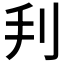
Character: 𠛃